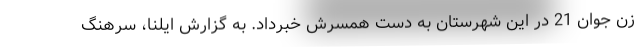
زن جوان 21 در این شهرستان به دست همسرش خبرداد. به گزارش ایلنا، سرهنگ